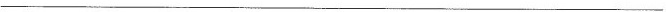
___